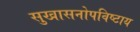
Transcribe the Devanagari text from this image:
सुखासनोपविष्टाय